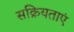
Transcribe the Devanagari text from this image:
सक्रियताएं